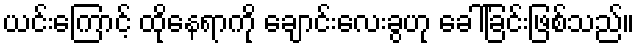
ယင်းကြောင့် ထိုနေရာကို ချောင်းလေးခွဟု ခေါ်ခြင်းဖြစ်သည်။